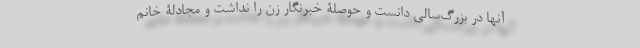
آنها در بزرگ‌سالی دانست و حوصلۀ خبرنگار زن را نداشت و مجادلۀ خانم